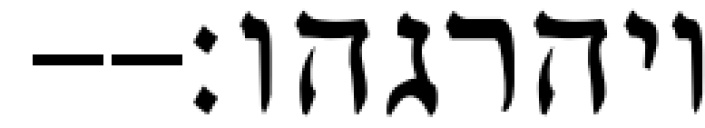
ויהרגהו׃--